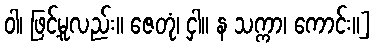
ဝါ၊ ဖြင့်မူလည်း။ ဇေတုံ၊ ငှါ။ န သက္ကာ၊ ကောင်း။]